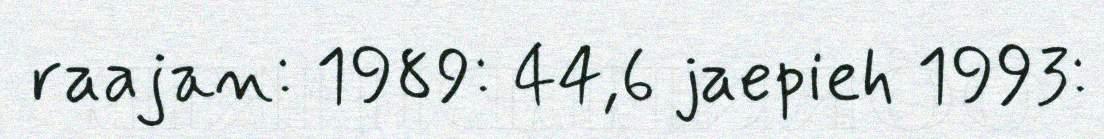
raajan: 1989: 44,6 jaepieh 1993: